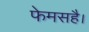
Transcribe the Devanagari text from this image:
फेमसहै।